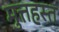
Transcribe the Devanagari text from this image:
मुत्तहस्त